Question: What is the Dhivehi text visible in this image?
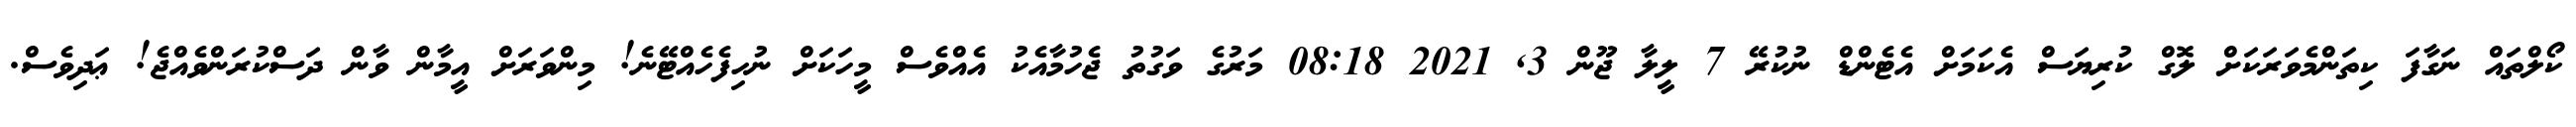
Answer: ކޯލްތައް ނަގާފަ ކިތަންމެވަރަކަށް ލޮގް ކުރިޔަސް އެކަމަށް އެޓެންޑް ނުކުރޭ 7 ލީލާ ޖޫން 3, 2021 08:18 މަރުގެ ވަގުތު ޖެހުމާއެކު އެއްވެސް މީހަކަށް ނުހިފެހެއްޓޭނެ! މިންވަރަށް އީމާން ވާން ދަސްކުރަންވެއްޖެ! ޢަދިވެސް.